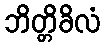
ဘိတ္တိခိလံ